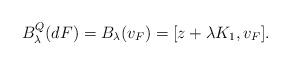
LaTeX: \begin{align*}B_\lambda^Q(dF)=B_\lambda(v_F)=[z+\lambda {K_1} ,v_F].\end{align*}